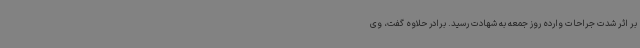
بر اثر شدت جراحات وارده روز جمعه به شهادت رسید. برادر حلاوه گفت، وی